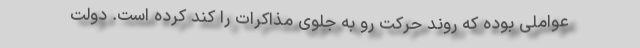
عواملی بوده که روند حرکت رو به جلوی مذاکرات را کند کرده است. دولت